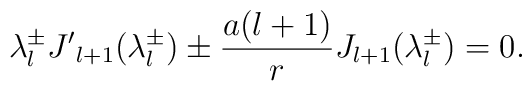
\lambda^\pm_l {J'}_{l+1}(\lambda^\pm_l )\pm  \frac {a(l+1)}r J_{l+1}(\lambda^\pm_l )=0.